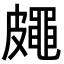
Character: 𥀨